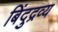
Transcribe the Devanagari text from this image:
बिंदुद्रव्य